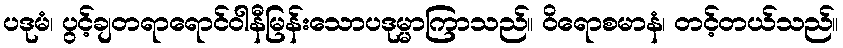
ပဒုမံ၊ ပွင့်ချတရာရောင်ဝါနီမြန်းသောပဒုမ္မာကြာသည်။ ဝိရောစမာနံ၊ တင့်တယ်သည်။